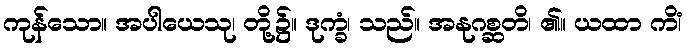
ကုန်သော။ အပါယေသု၊ တို့၌။ ဒုက္ခံ၊ သည်။ အနုဂစ္ဆတိ၊ ၏။ ယထာ ကိံ၊